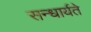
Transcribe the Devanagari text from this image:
सन्धार्यते